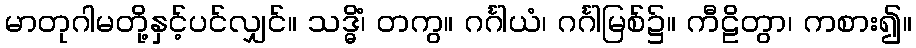
မာတုဂါမတို့နှင့်ပင်လျှင်။ သဒ္ဓိံ၊ တကွ။ ဂင်္ဂါယံ၊ ဂင်္ဂါမြစ်၌။ ကီဠိတွာ၊ ကစား၍။